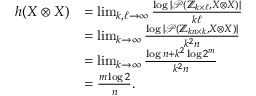
\begin{array} { r l } { h ( X \otimes X ) } & { = \operatorname* { l i m } _ { k , \ell \to \infty } \frac { \log | \mathcal { P } ( \mathbb { Z } _ { k \times \ell } , X \otimes X ) | } { k \ell } } \\ & { = \operatorname* { l i m } _ { k \to \infty } \frac { \log | \mathcal { P } ( \mathbb { Z } _ { k n \times k } , X \otimes X ) | } { k ^ { 2 } n } } \\ & { = \operatorname* { l i m } _ { k \to \infty } \frac { \log n + k ^ { 2 } \log 2 ^ { m } } { k ^ { 2 } n } } \\ & { = \frac { m \log 2 } { n } . } \end{array}